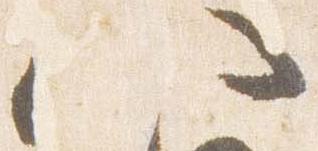
八